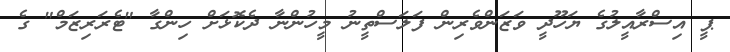
ޕީ އިސްރާއީލުގެ ޔަހޫދީ ވަޒަންވެރިން ފަލަސްތީނު މީހުންނާ ދެކޮޅަށް ހިންގާ "ޓެރަރިޒަމް" ގެ